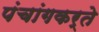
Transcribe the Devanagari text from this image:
पंचांगकर्ते